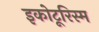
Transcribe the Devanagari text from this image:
इकोटूरिस्म